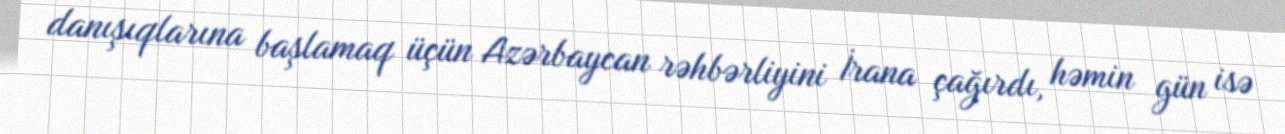
danışıqlarına başlamaq üçün Azərbaycan rəhbərliyini İrana çağırdı, həmin gün isə